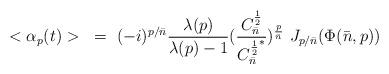
LaTeX: \begin{align*}<\alpha_p(t)>~={}~(-i)^{p/{\bar n}}{\lambda(p)\over \lambda(p)-1}({C^{1\over 2}_{\bar n}\over {C^{1\over 2}_{\bar n}}^*})^{{p\over \bar n}}~J_{p/{\bar n}} (\Phi({\bar n},p))\end{align*}